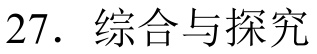
27. 综合与探究